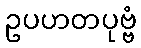
ဥပဟတပုဗ္ဗံ